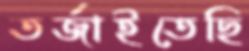
তর্জাইতেছি